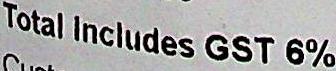
TOTAL INCLUDES GST 6%